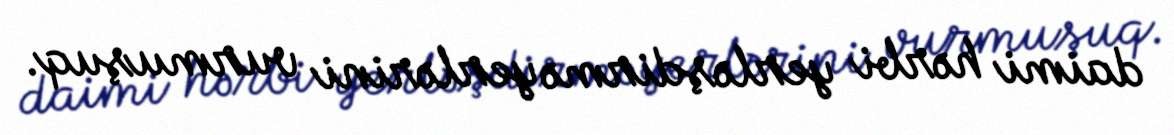
daimi hərbi yerləşdirmə yerlərini vurmuşuq.